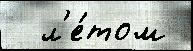
  л'е́том